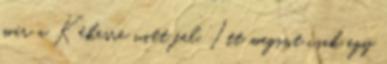
már a Kékesre vitt fel. Itt megint csak egy